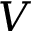
V